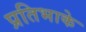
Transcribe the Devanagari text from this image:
प्रतिभाके